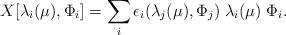
LaTeX: \begin{align*}X[\lambda_i(\mu),\Phi_i] = \sum_i \epsilon_i(\lambda_j(\mu), \Phi_j) \; \lambda_i(\mu) \; \Phi_i.\end{align*}